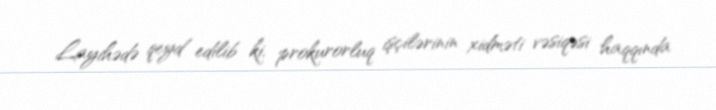
Layihədə qeyd edilib ki, prokurorluq işçilərinin xidməti vəsiqəsi haqqında